Vaccination United Provinces of Agra and Oudh 1923-1928 - 1923-1928
Year: 1923
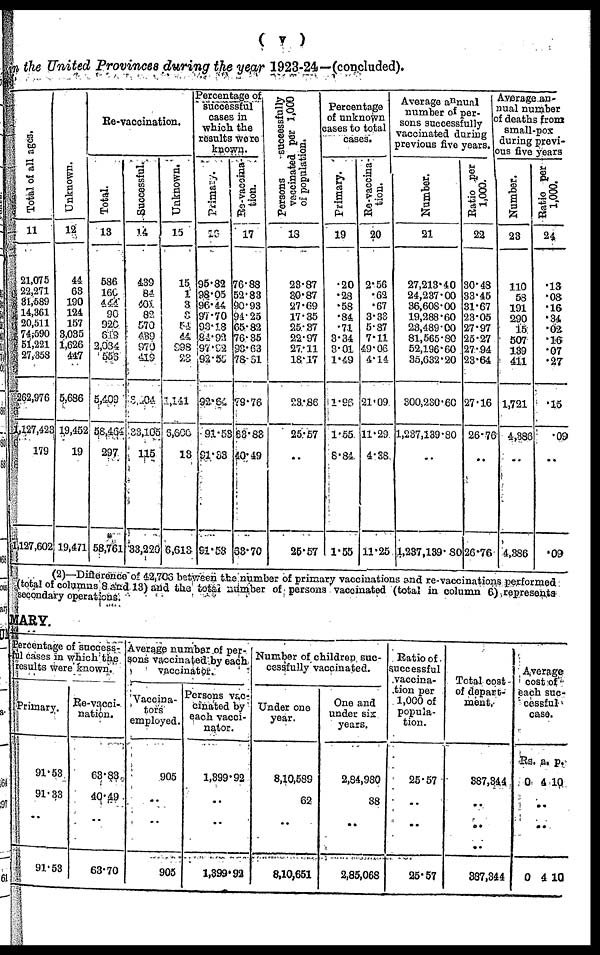
( v )
in the United Provinces during the year 1923-24—(concluded).
Total of all ages.
11
21,075
22,271
31,589
14,361
20,511
74,590
51,221
27,358
262,976
1,127,423
179
1,127,602
Unknown.
12
44
63
190
124
157
3,035
1,626
447
5,686
19,452
19
19,471
Re-vaccination.
Total.
13
586
160
444
90
920
619
2,034
556
5,409
58,464
297
*
58,761
Successful.
14
439
84
401
82
570
439 970
419
3,204
38,105
115
33,220
Unknown.
15
15
1
3
3
54
44
998
23
1,141
6,600
13
6,613
Percentage of
successful
cases in
which the
results were
known.
Primary.
16
95.82
98.05
96.44
97.70
93.18
84.92
97.92
92.55
92.64
91.53
91.53
91.53
Re-vaccina-
tion.
17
76.88
52.83
90.93
94.25
65.82
76.35
93.63
78.51
79.76
63.83
40.49
63.70
Persons
successfully
vaccinated per 1,000
of population.
18
23.87
30.87
27.69
17.35
25.37
22.97
27.11
18.17
23.86
25.57
..
25.57
Percentage
of unknown
cases to total
cases.
Primary.
19
.20
.28
.58
.84
.71
3.34
3.01
1.49
1.96
1.55
8.84
1.55
Re-vaccina-
tion.
20
2.56
.62
.67
3.33
5.87
7.11
49.06
4.14
21.09
11.29
4.38
11.25
Average annual
number of per-
sons successfully
vaccinated during
previous five years.
Number.
21
27,213.40
24,237.00
36,608.00
19,288.60
23,489.00
81,565.80
52,196.60
35,632.20
300,230.60
1,237,139.80
..
1,237,139.80
Ratio per
1,000.
22
30.48
33.45
31.67
23.05
27.97
25.27
27.94
23.64
27.16
26.76
..
26.76
Average an-
nual number
of deaths from
small-pox
during previ-
ous five years
Number.
23
110
58
191
290
15
507
139
411
1,721
4,386
..
4,386
Ratio per
1,000.
24
.13
.08
.16
.34
.02
.16
.07
.27
.15
.09
..
.09
(2)—Difference of 42,706 between the number of primary vaccination and re-vaccination performed
(total of columns 8 and 13) and the total number of persons vaccinated (total in column 6) represents
secondary operations.
MARY.
Percentage of success-
ful cases in which the
results were known.
Primary.
91.53
91.33
..
91.53
Re-vacci-
nation.
63.83
40.49
..
63.70
Average number of per-
sons vaccinated by each
vaccinator.
Vaccina-
tors
employed.
905
..
..
905
Persons vac-
cinated by
each vacci-
nator.
1,399.92
..
..
1,399.92
Number of children suc-
cessfully vaccinated.
Under one
year.
8,10,589
62
..
8,10,651
One and
under six
years.
2,84,980
88
..
2,85,068
Ratio of
successful
vaccina-
tion per
1,000 of
popula-
tion.
25.57
..
..
25.57
Total cost
of depart-
ment.
387,844
..
..
387,844
Average
cost of
each suc-
cessful
case.
Rs.
0
a.
4
p.
10
..
..
0 4 10